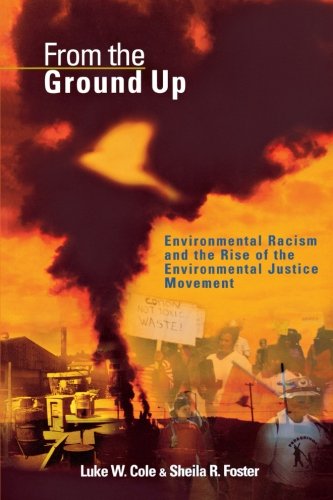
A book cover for From the Ground Up: Environmental Racism and the Rise of the Environmental Justice Movement (Critical America); Luke W. Cole; Law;